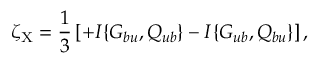
\zeta _ { \mathrm { { X } } } = \frac { 1 } { 3 } \left[ { + I \{ { G _ { b u } , Q _ { u b } } \} - I \{ { G _ { u b } , Q _ { b u } } \} } \right] ,